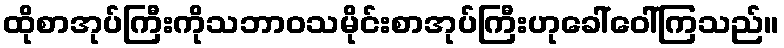
ထိုစာအုပ်ကြီးကိုသဘာဝသမိုင်းစာအုပ်ကြီးဟုခေါ်ဝေါ်ကြသည်။